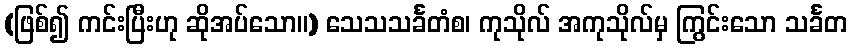
(ဖြစ်၍ ကင်းပြီးဟု ဆိုအပ်သော။) သေသသင်္ခတံစ၊ ကုသိုလ် အကုသိုလ်မှ ကြွင်းသော သင်္ခတ